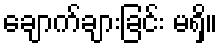
ချောက်ချားခြင်း မရှိ။